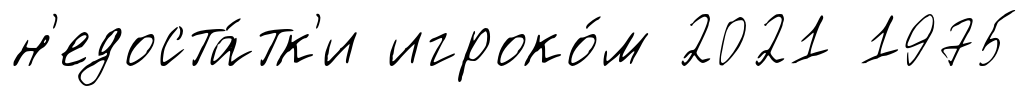
н'едоста́тк'и игроко́м 2021 1975